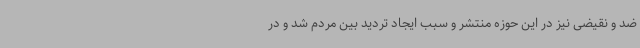
ضد و نقیضی نیز در این حوزه منتشر و سبب ایجاد تردید بین مردم شد و در